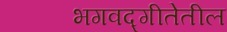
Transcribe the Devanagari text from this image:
भगवद्गीतेतील